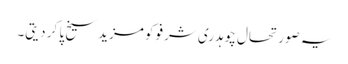
یہ صورتحال چوہدری شرفو کو مزید سیخ پا کر دیتی۔